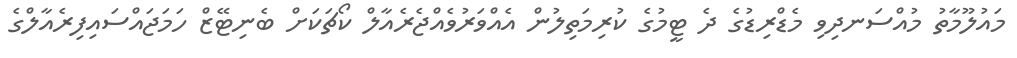
މައުލޫމާތު މުއްސަނދިވި މެޑްރިޑުގެ ދެ ޓީމުގެ ކުރިމަތިލުން އެއްވަރުވެއްޖެރެއާލް ކޯޗަކަށް ބެނިޓޭޒް ހަމަޖައްސައިފިރެއާލްގެ